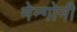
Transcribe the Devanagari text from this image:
मेन्गोनी